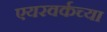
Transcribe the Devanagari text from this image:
एयरवर्कच्या